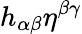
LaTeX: h_{\alpha\beta}\eta^{\beta\gamma}